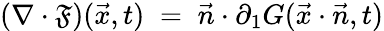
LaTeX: (\nabla\cdot\mathfrak{F})({\vec{{x}}},t)\; =\; {\vec{{n}}}\cdot\partial_{1}G({\vec{{x}}}\cdot{\vec{{n}}},t)